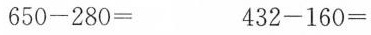
650-280= 432-160=